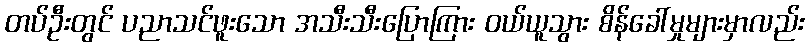
တပ်ဦးတွင် ပညာသင်ဖူးသော အသီးသီးပြောကြား ဝယ်ယူသွား စိန်ခေါ်မှုများမှာလည်း